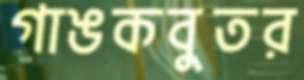
গাঙকবুতর